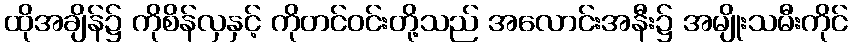
ထိုအချိန်၌ ကိုစိန်လှနှင့် ကိုတင်ဝင်းတို့သည် အလောင်းအနီး၌ အမျိုးသမီးကိုင်